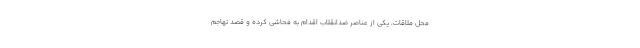
محل ملاقات، یکی از عناصر ضدانقلاب اقدام به فحاشی کرده و قصد تهاجم